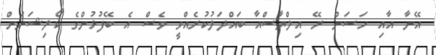
އޭނާ އާއި ހަސަން ރޭ އިލްޔާސްއާ ބައްދަލުކުރެއްވީ ވެސް އެ ބޭފުޅުންގެ ކޯލިޝަނަށް